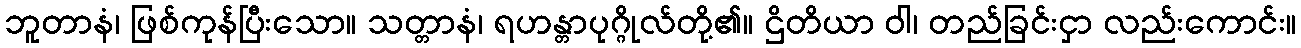
ဘူတာနံ၊ ဖြစ်ကုန်ပြီးသော။ သတ္တာနံ၊ ရဟန္တာပုဂ္ဂိုလ်တို့၏။ ဌိတိယာ ဝါ၊ တည်ခြင်းငှာ လည်းကောင်း။